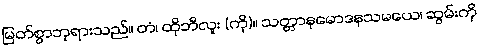
မြတ်စွာဘုရားသည်။ တံ၊ ထိုဘီလူး (ကို)။ သတ္တာနုမောဒနသမယေ၊ ဆွမ်းကို